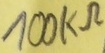
Text: 100KΩ